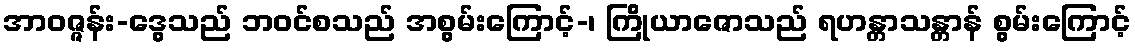
အာဝဇ္ဇန်း-ဒွေသည် ဘဝင်စသည် အစွမ်းကြောင့်-၊ ကြိုယာဇောသည် ရဟန္တာသန္တာန် စွမ်းကြောင့်